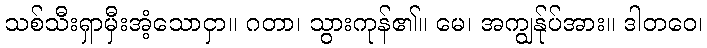
သစ်သီးရှာမှီးအံ့သောငှာ။ ဂတာ၊ သွားကုန်၏။ မေ၊ အကျွန်ုပ်အား။ ဒါတဝေ၊